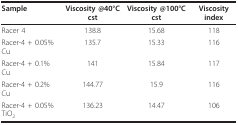
<table><thead><tr><td><b>Sample</b></td><td><b>Viscosity @40°C cst</b></td><td><b>Viscosity @100°C cst</b></td><td><b>Viscosity index</b></td></tr></thead><tbody><tr><td>Racer 4</td><td>138.8</td><td>15.68</td><td>118</td></tr><tr><td>Racer-4 + 0.05% Cu</td><td>135.7</td><td>15.33</td><td>116</td></tr><tr><td>Racer-4 + 0.1% Cu</td><td>141</td><td>15.84</td><td>117</td></tr><tr><td>Racer-4 + 0.2% Cu</td><td>144.77</td><td>15.9</td><td>116</td></tr><tr><td>Racer-4 + 0.05% TiO<sub>2</sub></td><td>136.23</td><td>14.47</td><td>106</td></tr></tbody></table>